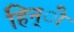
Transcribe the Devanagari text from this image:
हिन्ी